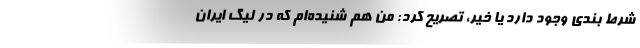
شرط بندی وجود دارد یا خیر، تصریح کرد: من هم شنیده‌ام که در لیگ ایران